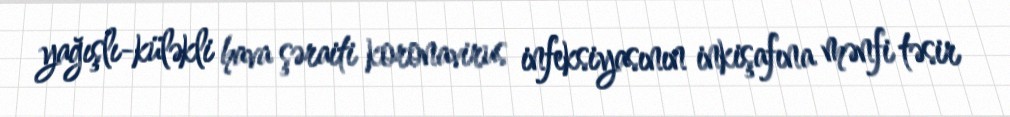
yağışlı-küləkli hava şəraiti koronavirus infeksiyasının inkişafına mənfi təsir